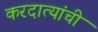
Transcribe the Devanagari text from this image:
करदात्यांची